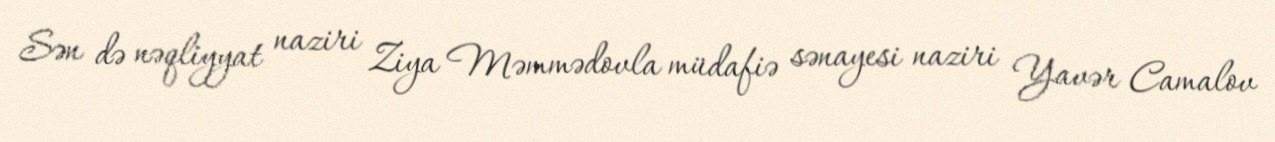
Sən də nəqliyyat naziri Ziya Məmmədovla müdafiə sənayesi naziri Yavər Camalov